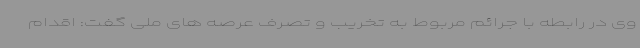
وی در رابطه با جرائم مربوط به تخریب و تصرف عرصه های ملی گفت: اقدام